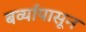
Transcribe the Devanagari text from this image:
बर्व्यांपासून